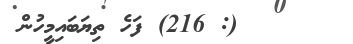
(: 216) ފަހެ ތިޔަބައިމީހުން